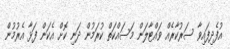
އުފެދިފައިވާ ސަރުކާރެއް ވައްޓާލަން މަސައްކަތް ކުރަމުން ދަނި ކޮށް އެކަން ފަޅާ އެރުމުން